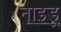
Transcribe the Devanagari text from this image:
नाइडू